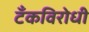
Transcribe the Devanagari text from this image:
टँकविरोधी